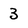
Character: 3